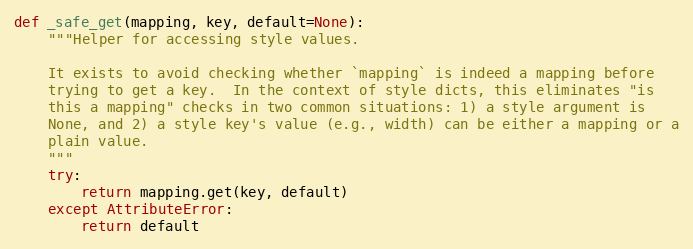
Language: Python
def _safe_get(mapping, key, default=None):
    """Helper for accessing style values.

    It exists to avoid checking whether `mapping` is indeed a mapping before
    trying to get a key.  In the context of style dicts, this eliminates "is
    this a mapping" checks in two common situations: 1) a style argument is
    None, and 2) a style key's value (e.g., width) can be either a mapping or a
    plain value.
    """
    try:
        return mapping.get(key, default)
    except AttributeError:
        return default